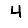
Digit: 4